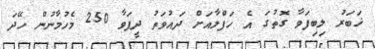
ޚަބަރު ލިބިފަވާ ގޮތުގަ އެ ހަފްލާއަށް ދައުވަތު ދީފަވާ 250 މެހުމާނުން ހޭދަ